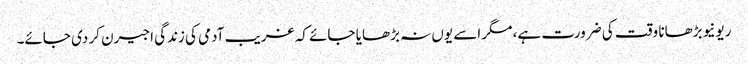
ریونیو بڑھانا وقت کی ضرورت ہے، مگر اسے یوں نہ بڑھایا جائے کہ غریب آدمی کی زندگی اجیرن کر دی جائے۔